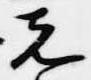
先